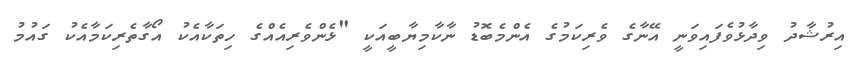
އިރުޝާދު ވިދާޅުވެފައިވަނީ އޭނާގެ ވެރިކަމުގެ އެންމެބޮޑު ނާކާމިޔާބީއަކީ "ޅެންވެރިއެއްގެ ހިތަކާއެކު އޯގާތެރިކަމާއެކު ގައުމު